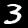
Label: 3